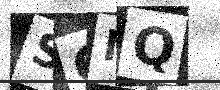
Text: SQMQ